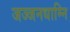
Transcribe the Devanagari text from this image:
जज्जनधाम्नि